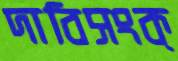
দাবিসংক্